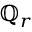
\mathbb { Q } _ { r }